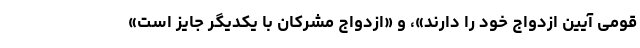
قومی آیین ازدواج خود را دارند»، و «ازدواج مشرکان با یکدیگر جایز است»